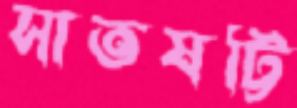
সাতষট্টি